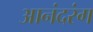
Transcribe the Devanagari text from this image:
आनंदरंग